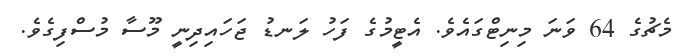
މެޗުގެ 64 ވަނަ މިނިޓްގައެވެ. އެޓީމުގެ ފަހު ލަނޑު ޖަހައިދިނީ މޫސާ މުސްފިގެވެ.